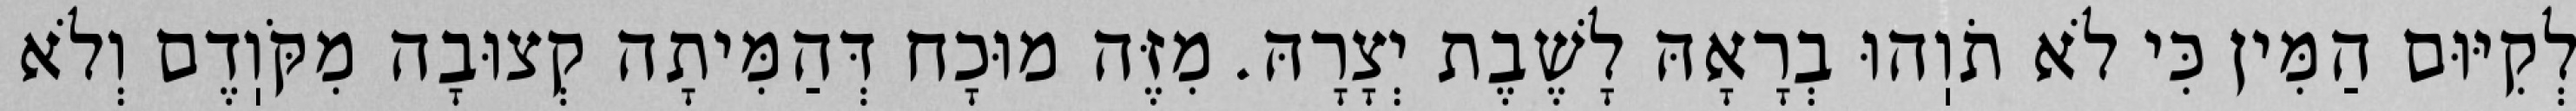
לְקִיּוּם הַמִּין כִּי לֹא תֹוֽהוּ בְרָאָהּ לָשֶׁבֶת יְצָרָהּ. מִזֶּה מוּכָח דְּהַמִּיתָה קְצוּבָה מִקֹּוֽדֶם וְלֹא